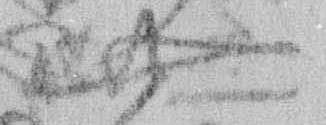
無